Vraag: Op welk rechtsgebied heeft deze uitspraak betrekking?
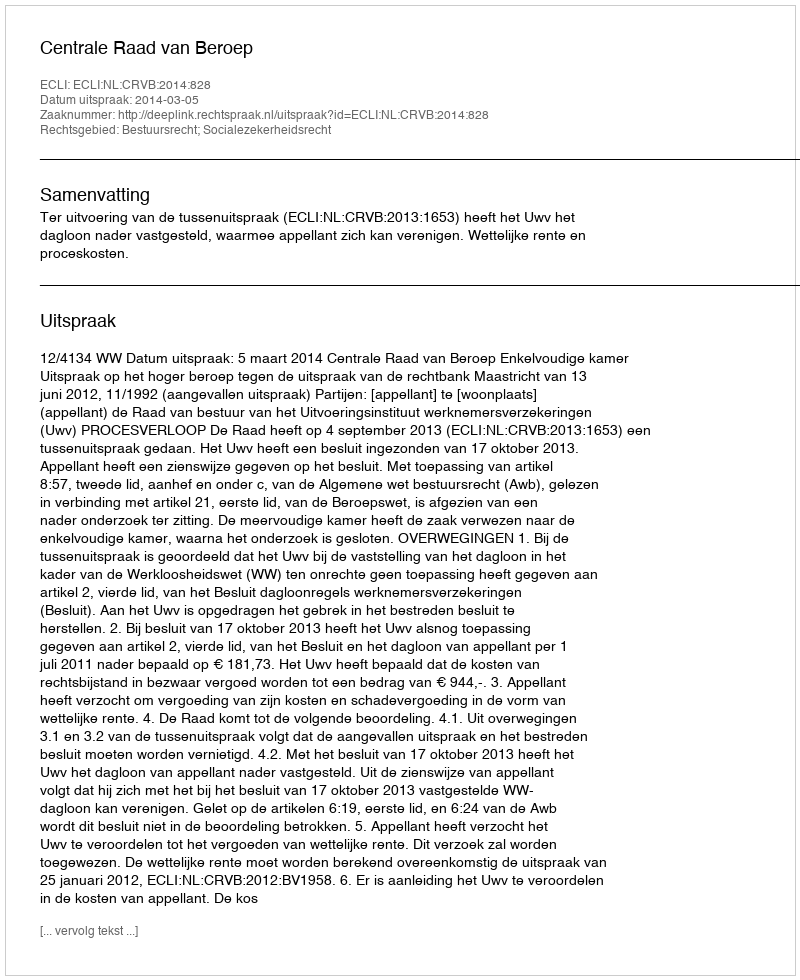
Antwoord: Bestuursrecht; Socialezekerheidsrecht